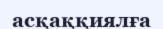
асқаққиялға